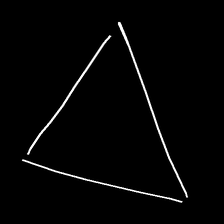
Glyph: convergence